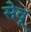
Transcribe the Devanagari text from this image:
सेवू